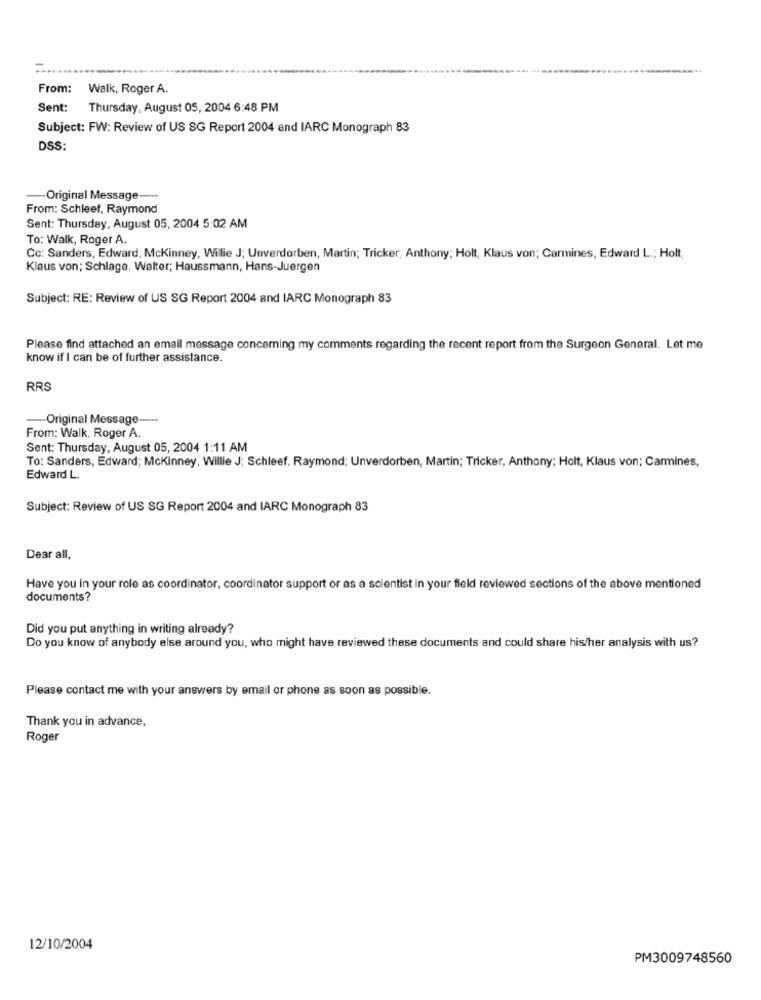
From:
Walk, Roger A.
Sent:
Thursday, August 05, 2004 6:48 PM
Subject: FW: Review of US SG Report 2004 and IARC Monograph 83
DSS:
-- Original Message
From: Schleef, Raymond
Sent: Thursday, August 05, 2004 5:02 AM
To: Walk, Roger A.
Cc: Sanders, Edward; Mckinney, Wilie J; Unverdorben, Martin; Tricker, Anthony; Holt, Klaus von; Carmines, Edward L .; Holt,
Klaus von; Schlage, Walter; Haussmann, Hans-Juergen
Subject: RE: Review of US SG Report 2004 and IARC Monograph 83
Please find attached an email message concerning my comments regarding the recent report from the Surgeon General. Let me
know if I can be of further assistance.
RRS
-Original Message-
From: Walk, Roger A.
Sent: Thursday, August 05, 2004 1:11 AM
To: Sanders, Edward; Mckinney, Willie J; Schleef. Raymond; Unverdorben, Martin; Tricker, Anthony; Holt, Klaus von; Carmines,
Edward L.
Subject: Review of US SG Report 2004 and IARC Monograph 83
Dear all.
Have you in your role as coordinator, coordinator support or as a scientist in your field reviewed sections of the above mentioned
documents?
Did you put anything in writing already?
Do you know of anybody else around you, who might have reviewed these documents and could share his/her analysis with us?
Please contact me with your answers by email or phone as soon as possible.
Thank you in advance,
Roger
12/10/2004
PM3009748560